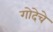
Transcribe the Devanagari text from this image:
गोदेचे